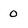
Character: 0